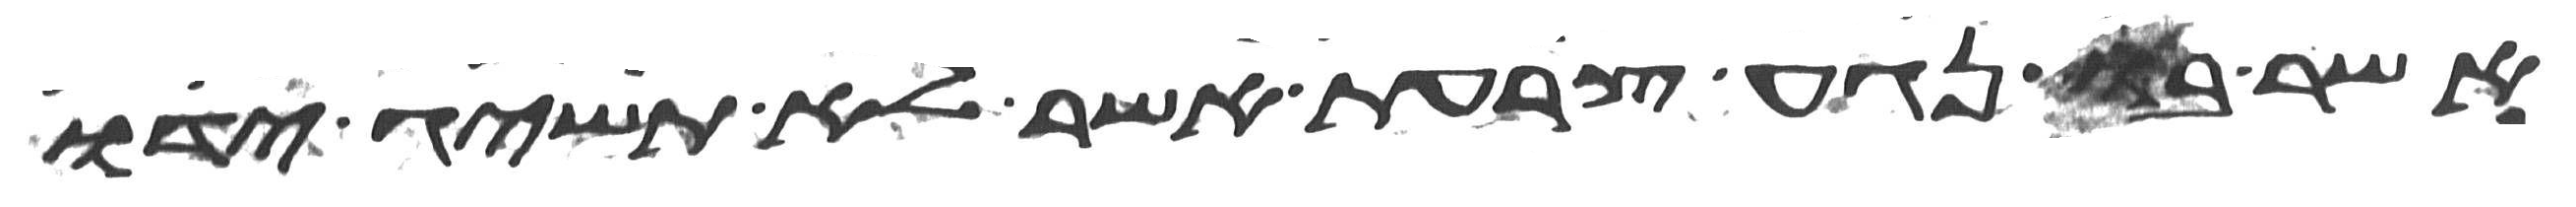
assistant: אשר בו נגע צרעת אשר לא תשיג ידו